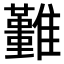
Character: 𩁚